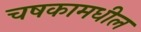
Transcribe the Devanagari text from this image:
चषकामधील